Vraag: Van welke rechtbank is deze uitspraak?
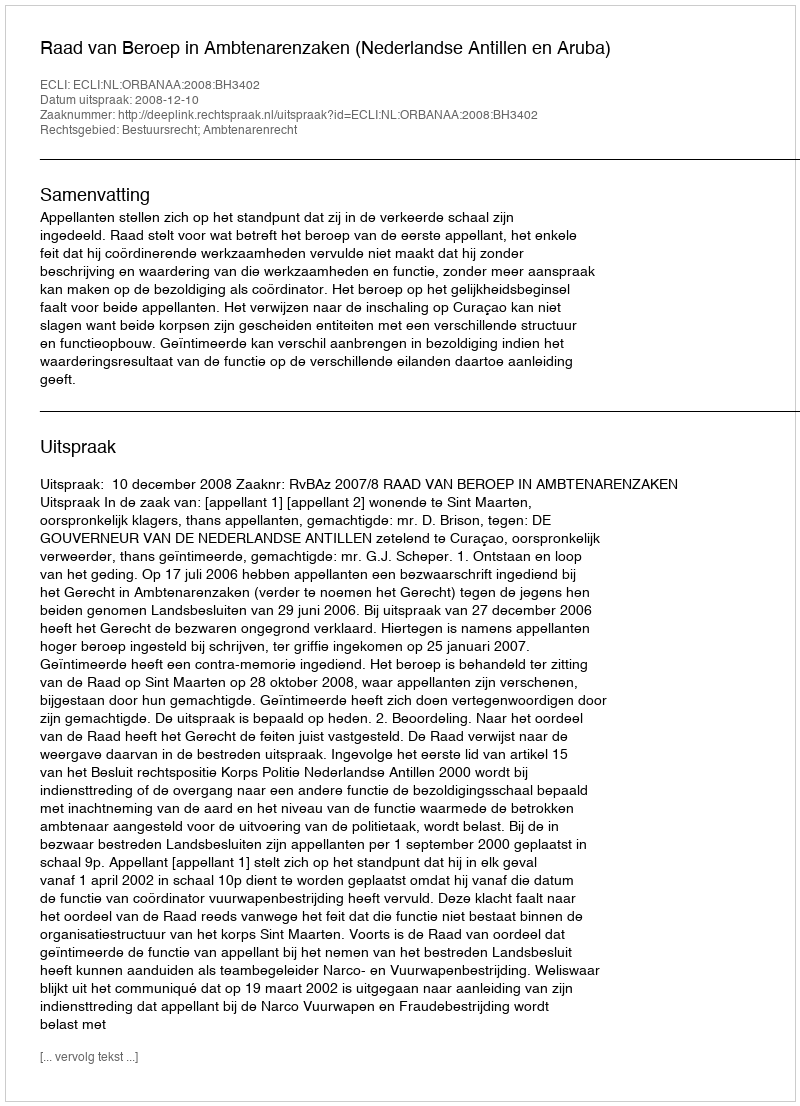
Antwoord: Raad van Beroep in Ambtenarenzaken (Nederlandse Antillen en Aruba)